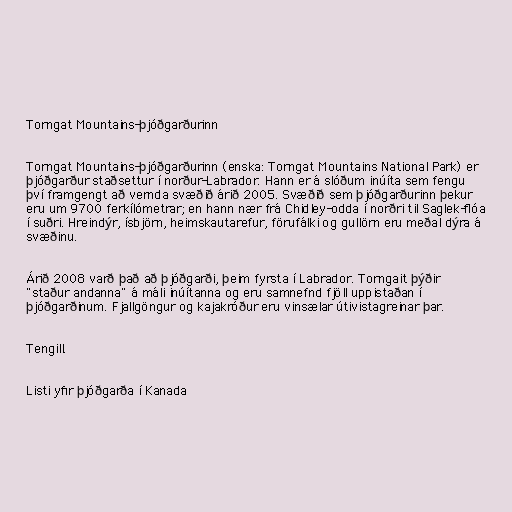
Torngat Mountains-þjóðgarðurinn

Torngat Mountains-þjóðgarðurinn (enska: Torngat Mountains National Park) er
þjóðgarður staðsettur í norður-Labrador. Hann er á slóðum inúíta sem fengu
því framgengt að vernda svæðið árið 2005. Svæðið sem þjóðgarðurinn þekur
eru um 9700 ferkílómetrar; en hann nær frá Chidley-odda í norðri til Saglek-flóa
í suðri. Hreindýr, ísbjörn, heimskautarefur, förufálki og gullörn eru meðal dýra á
svæðinu.

Árið 2008 varð það að þjóðgarði, þeim fyrsta í Labrador. Torngait þýðir
"staður andanna" á máli inúítanna og eru samnefnd fjöll uppistaðan í
þjóðgarðinum. Fjallgöngur og kajakróður eru vinsælar útivistagreinar þar.

Tengill.

Listi yfir þjóðgarða í Kanada